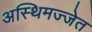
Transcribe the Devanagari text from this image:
अस्थिमज्जेत